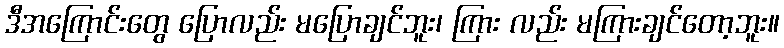
ဒီအကြောင်းတွေ ပြောလည်း မပြောချင်ဘူး၊ ကြား လည်း မကြားချင်တော့ဘူး။